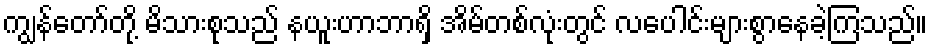
ကျွန်တော်တို့ မိသားစုသည် နယူးဟာဘာရှိ အိမ်တစ်လုံးတွင် လပေါင်းများစွာနေခဲ့ကြသည်။